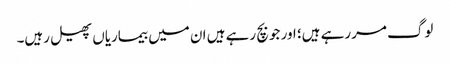
لوگ مررہے ہیں؛ اور جو بچ رہے ہیں ان میں بیماریاں پھیل رہیں۔